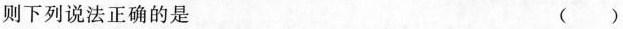
则下列说法正确的是 ( )